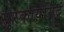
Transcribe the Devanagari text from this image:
सुरकार्यमिदं